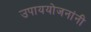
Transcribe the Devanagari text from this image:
उपाययोजनांनी